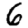
Digit: 6